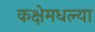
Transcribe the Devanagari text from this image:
कक्षेमधल्या